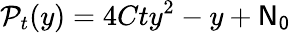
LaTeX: \mathcal{P}_{t}(y)=4Cty^{2}-y+\mathsf{N_{0}}